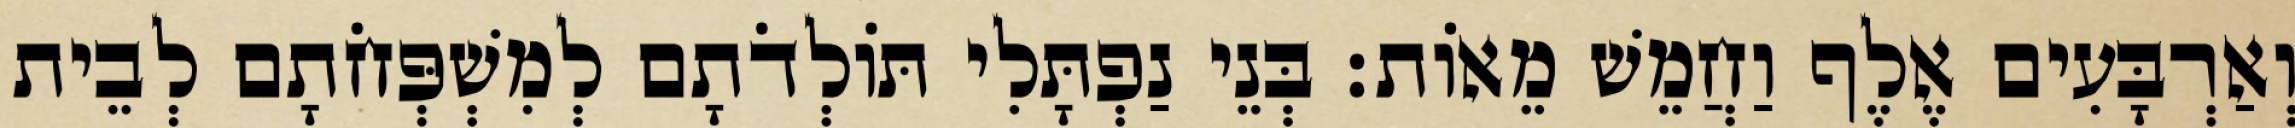
וְאַרְבָּעִים אֶלֶף וַחֲמֵשׁ מֵאוֹת׃ בְּנֵי נַפְתָּלִי תּוֹלְדֹתָם לְמִשְׁפְּחֹתָם לְבֵית